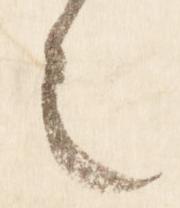
之